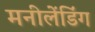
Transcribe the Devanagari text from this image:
मनीलेंडिंग